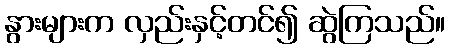
နွားများက လှည်းနှင့်တင်၍ ဆွဲကြသည်။